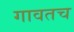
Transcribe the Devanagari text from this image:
गावतच